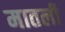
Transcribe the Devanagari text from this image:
मातली